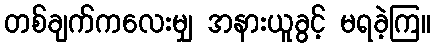
တစ်ချက်ကလေးမျှ အနားယူခွင့် မရခဲ့ကြ။